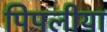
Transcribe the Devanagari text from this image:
पिपलीया